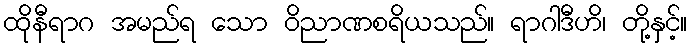
ထိုနီရာဂ အမည်ရ သော ဝိညာဏစရိယသည်။ ရာဂါဒီဟိ၊ တို့နှင့်။